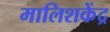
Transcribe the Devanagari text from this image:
मालिशकेंद्र